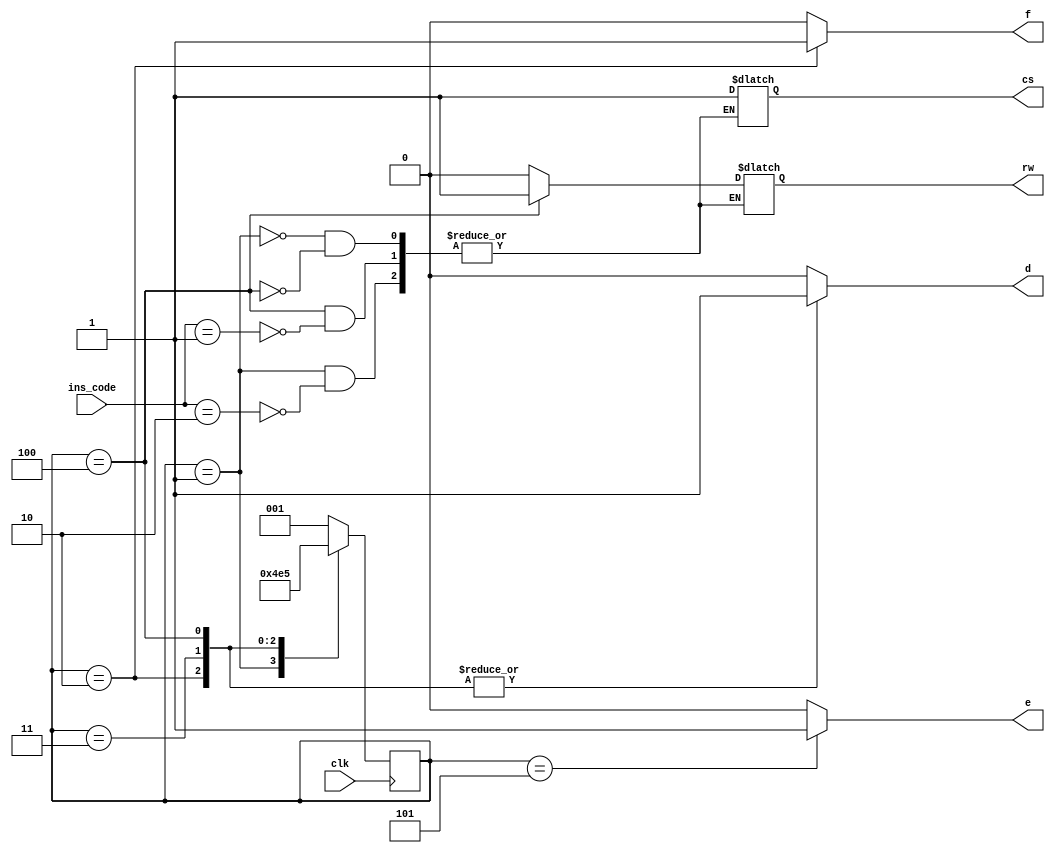
module control_unit(
    input clk,
	 input [1:0] ins_code,
  	 output reg f,
    output reg d,
    output reg e,
	 output reg rw,
	 output reg cs
);
    reg [2:0] controlUnit;
    always @(posedge clk)
    begin
        case (controlUnit)
            3'b001: controlUnit <= 3'b010;
            3'b010: controlUnit <= 3'b011;
				3'b011: controlUnit <= 3'b100;
            3'b100: controlUnit <= 3'b101;
            3'b101: controlUnit <= 3'b001;
            default: controlUnit <= 3'b001; 
        endcase
    end

    always @(*)
    begin
        case (controlUnit)
        3'b001: begin 
				if(ins_code == 2'b10) //store state
				begin
					rw <= 1'b0;
					cs <= 1'b1;
				end
            f <= 1'b0;
            d <= 1'b0;
            e <= 1'b0;
        end
        3'b010: begin
            f <= 1'b1;
            d <= 1'b1;
            e <= 1'b0;
        end
        3'b011: begin
            f <= 1'b0;
            d <= 1'b1;
            e <= 1'b0;
        end
		  3'b100: begin
		  		if(ins_code == 2'b01) //load state
				begin
					rw <= 1'b1;
					cs <= 1'b1;
				end
            f <= 1'b0;
            d <= 1'b1;
            e <= 1'b0;
        end
		  3'b101: begin
            f <= 1'b0;
            d <= 1'b0;
            e <= 1'b1;
        end
        default: begin
            f <= 1'b0;
            d <= 1'b0;
            e <= 1'b0;
        end
    endcase
    end	 
endmodule